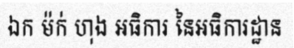
ឯក ម៉ក់ ហុង អធិការ នៃអធិការដ្ឋាន